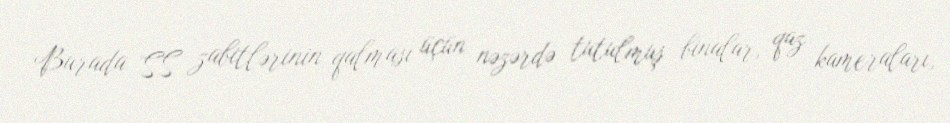
Burada SS zabitlərinin qalması üçün nəzərdə tutulmuş binalar, qaz kameraları,